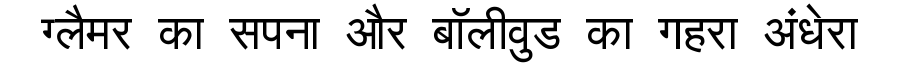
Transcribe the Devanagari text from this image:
ग्लैमर का सपना और बॉलीवुड का गहरा अंधेरा